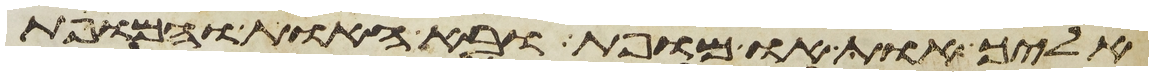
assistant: אליך אות או מופת ובא האות והמופת